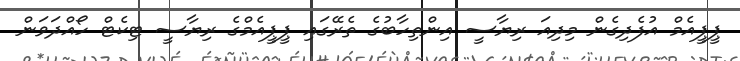
ޕީޕީއެމް އުފެދިގެން މިދިއަ ރިޔާސީ އިންތިހާބުގެ ތެރޭގައި ޕީޕީއެމްގެ ރިޔާސީ ޓިކެޓް ހޯއްދަވަން